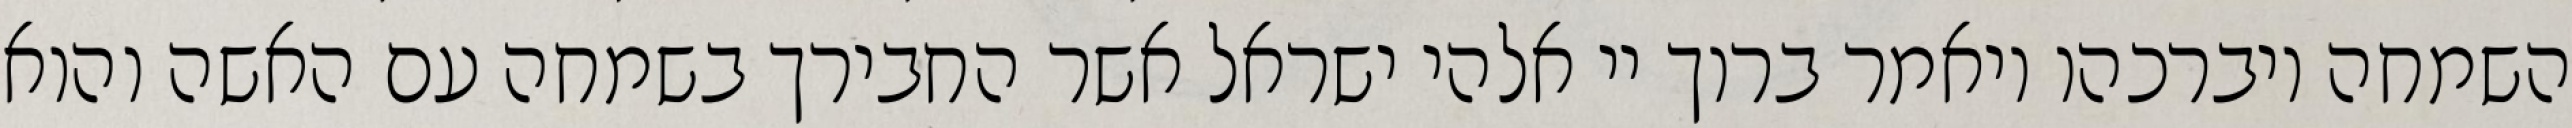
השמחה ויברכהו ויאמר ברוך יי אלהי ישראל אשר החבירך בשמחה עם האשה והוא